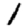
Digit: 1